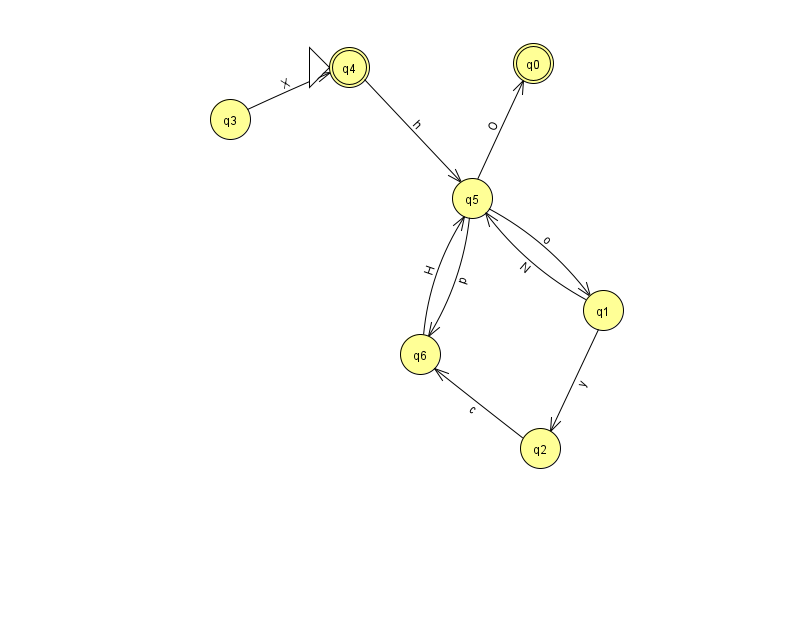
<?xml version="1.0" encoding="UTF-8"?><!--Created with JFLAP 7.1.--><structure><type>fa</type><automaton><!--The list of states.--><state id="0" name="q0"><x>533.0</x><y>50.0</y><final/></state><state id="1" name="q1"><x>603.0</x><y>297.0</y></state><state id="2" name="q2"><x>540.0</x><y>435.0</y></state><state id="3" name="q3"><x>230.0</x><y>106.0</y></state><state id="4" name="q4"><x>349.0</x><y>54.0</y><initial/><final/></state><state id="5" name="q5"><x>472.0</x><y>185.0</y></state><state id="6" name="q6"><x>420.0</x><y>341.0</y></state><!--The list of transitions.--><transition><from>1</from><to>2</to><read>y</read></transition><transition><from>5</from><to>6</to><read>p</read></transition><transition><from>4</from><to>5</to><read>h</read></transition><transition><from>1</from><to>5</to><read>N</read></transition><transition><from>2</from><to>6</to><read>c</read></transition><transition><from>3</from><to>4</to><read>X</read></transition><transition><from>5</from><to>1</to><read>o</read></transition><transition><from>6</from><to>5</to><read>H</read></transition><transition><from>5</from><to>0</to><read>O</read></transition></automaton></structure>